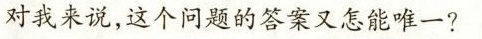
对我来说，这个问题的答案又怎能唯一?